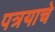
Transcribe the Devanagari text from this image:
पत्रयाचे